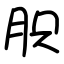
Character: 胑